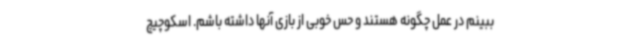
ببینم در عمل چگونه هستند و حس خوبی از بازی آنها داشته باشم. اسکوچیچ